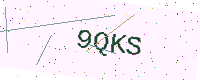
Text: 9QKS